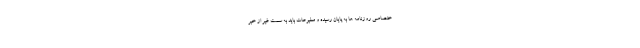
ختصاصی روزنامه ها به پایان رسیده و مطبوعات باید به سمت غیر از خبر